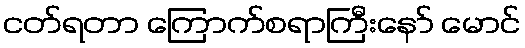
ငတ်ရတာ ကြောက်စရာကြီးနော် မောင်